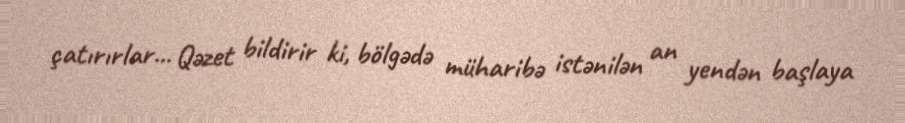
çatırırlar... Qəzet bildirir ki, bölgədə müharibə istənilən an yendən başlaya